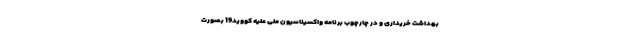
بهداشت خریداری و در چارچوب برنامه واکسیناسیون ملی علیه کووید19 بصورت